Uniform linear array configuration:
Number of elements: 24
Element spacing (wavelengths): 0.75
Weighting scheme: hamming
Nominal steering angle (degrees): -30
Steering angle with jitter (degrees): -29.252
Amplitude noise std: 0.05
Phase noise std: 0.05

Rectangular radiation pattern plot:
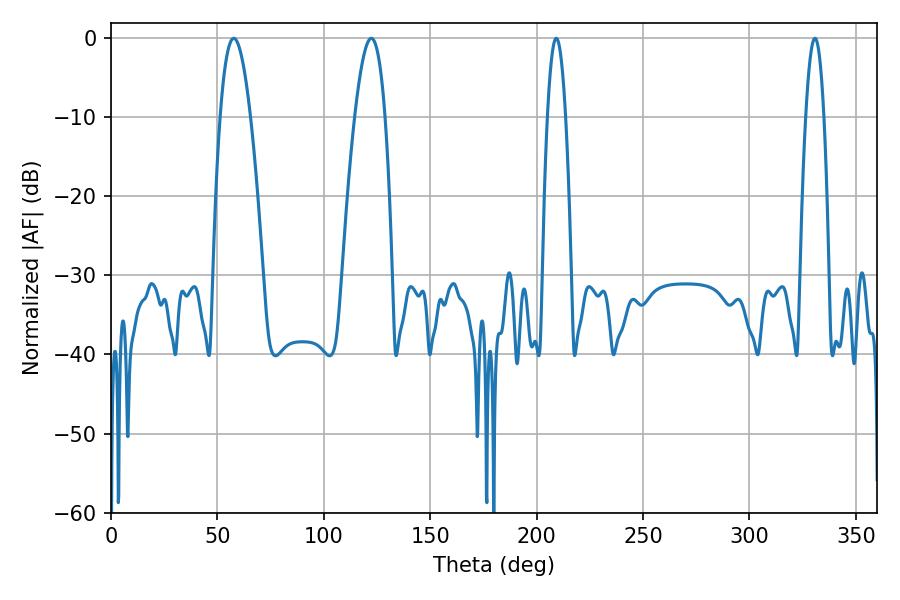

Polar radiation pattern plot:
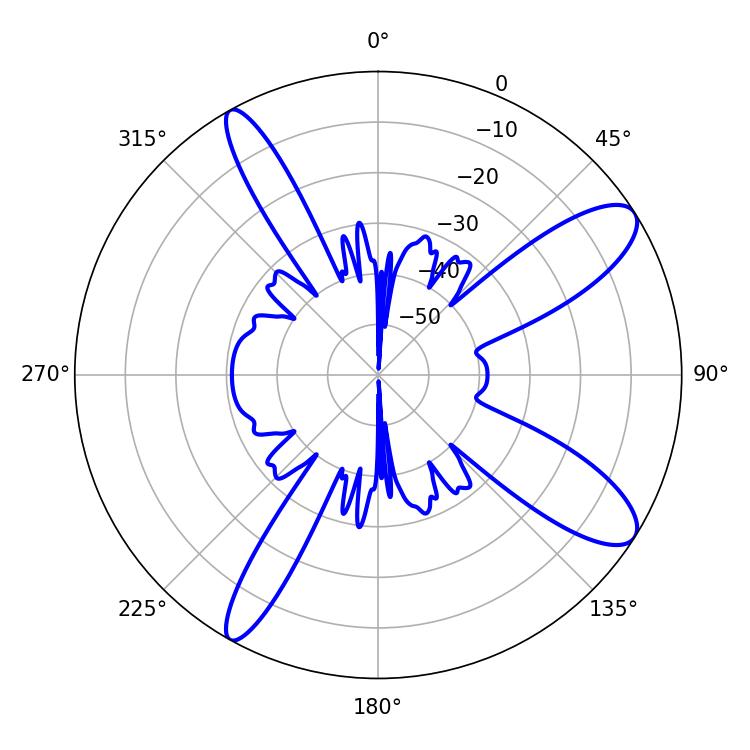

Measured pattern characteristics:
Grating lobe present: TRUE
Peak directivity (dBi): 10.914
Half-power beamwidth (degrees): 7.74
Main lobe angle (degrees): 57.6